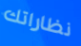
نظاراتك